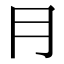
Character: ⺝